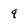
Character: q